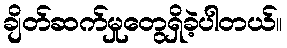
ချိတ်ဆက်မှုတွေရှိခဲ့ပါတယ်။